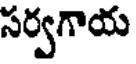
సర్వగాయ